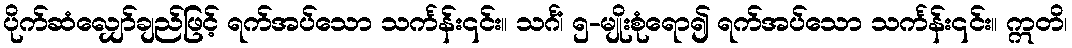
ပိုက်ဆံလျှော်ချည်ဖြင့် ရက်အပ်သော သင်္ကန်း၎င်း။ သင်္ဂံ၊ ၅-မျိုးစုံရော၍ ရက်အပ်သော သင်္ကန်း၎င်း။ ဣတိ၊